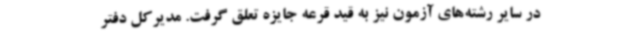
در سایر رشته‌های آزمون نیز به قید قرعه جایزه تعلق گرفت. مدیرکل دفتر